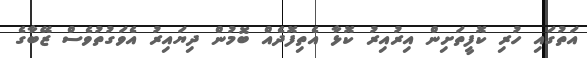
އަތުގައި ހުރި ކޮފީތަށިން އިރުއިރު ކޮޅާ އެތިފޮދެއް ބޮމުން ދިޔައިރު އެވަގުތުވެސް ޒޭބާގެ